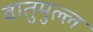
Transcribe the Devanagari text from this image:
वातुमुल्ल